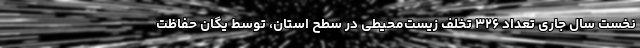
نخست سال جاری تعداد ۳۲۶ تخلف زیست‌محیطی در سطح استان، توسط یگان حفاظت